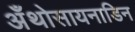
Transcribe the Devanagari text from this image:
अँथोसायनाडिन